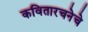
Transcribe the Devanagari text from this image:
कवितारचनेचे